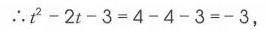
\(\therefore t^{2}-2t - 3=4 - 4 - 3=-3\)，